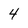
Character: 4